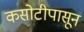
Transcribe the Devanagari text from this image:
कसोटीपासून